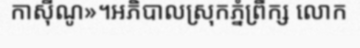
កាស៊ីណូ»។អភិបាលស្រុកភ្នំព្រឹក្ស លោក